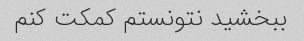
ببخشید نتونستم کمکت کنم